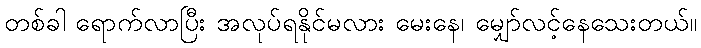
တစ်ခါ ရောက်လာပြီး အလုပ်ရနိုင်မလား မေးနေ၊ မျှော်လင့်နေသေးတယ်။